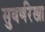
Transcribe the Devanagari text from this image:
सुबर्णरेखा